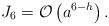
\begin{align*}J_{6} = \mathcal{O}\left(a^{6-h}\right).\end{align*}